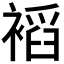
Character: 𲀾